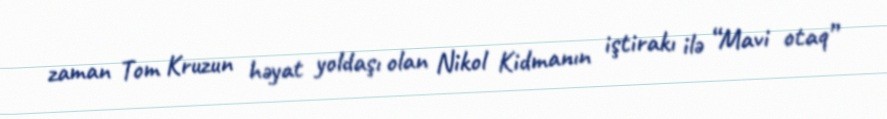
zaman Tom Kruzun həyat yoldaşı olan Nikol Kidmanın iştirakı ilə “Mavi otaq”